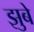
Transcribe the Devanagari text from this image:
झुबे